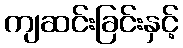
ကျဆင်းခြင်းနှင့်